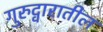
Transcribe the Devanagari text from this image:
गुरुद्वारातील